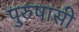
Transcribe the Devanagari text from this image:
पुरुषासी